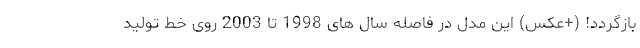
بازگردد! (+عکس) این مدل در فاصله سال های 1998 تا 2003 روی خط تولید